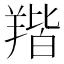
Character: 𦎥